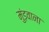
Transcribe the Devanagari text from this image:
मुंड़वाना